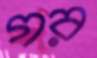
গর